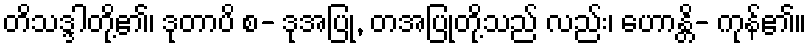
တိသဒ္ဒါတို့၏၊ ဒုတာပိ စ- ဒုအပြု, တအပြုတို့သည် လည်း၊ ဟောန္တိ- ကုန်၏။